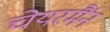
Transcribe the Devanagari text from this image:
चेयरमैंन